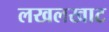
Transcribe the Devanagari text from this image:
लखलखाट